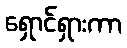
ရှောင်ရှားကာ